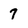
Character: 7